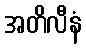
အတိလီနံ